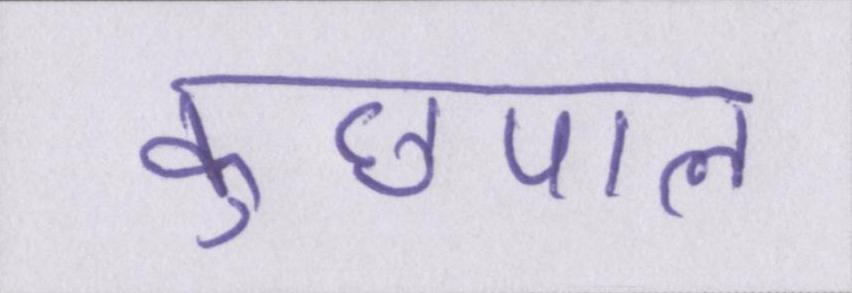
कुछपल